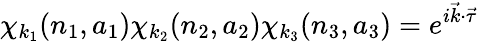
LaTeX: \chi_{k_{1}}(n_{1},a_{1})\chi_{k_{2}}(n_{2},a_{2})\chi_{k_{3}}(n_{3},a_{3})=e^{i{\vec{k}}\cdot{\vec{\tau}}}